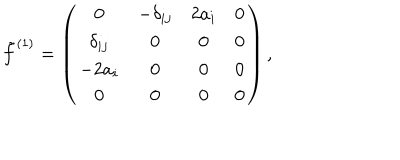
LaTeX: \tilde { f } ^ { ( 1 ) } = \left( \begin{array} { c c c c } { { 0 } } & { { - \delta _ { i j } } } & { { 2 a _ { i } } } & { { 0 } } \\ { { \delta _ { i j } } } & { { 0 } } & { { 0 } } & { { 0 } } \\ { { - 2 a _ { i } } } & { { 0 } } & { { 0 } } & { { 0 } } \\ { { 0 } } & { { 0 } } & { { 0 } } & { { 0 } } \\ \end{array} \right) ,